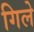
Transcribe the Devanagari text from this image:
गिले